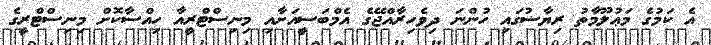
އެ ކަމުގެ މަޢުލޫމާތު ރިޔާޟުގައި ހުންނަ ދިވެހިރާއްޖޭގެ އެމްބަސީއަށާއި މިނިސްޓްރީއާ ހިއްސާކޮށް މިނިސްޓްރީގެ